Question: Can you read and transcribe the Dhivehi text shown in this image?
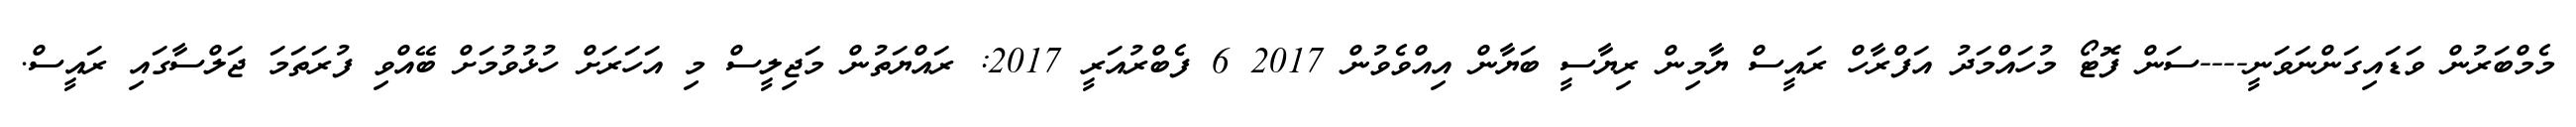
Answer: މެމްބަރުން ވަޑައިގަންނަވަނީ----ސަން ފޮޓޯ މުހައްމަދު އަފްރާހް ރައީސް ޔާމިން ރިޔާސީ ބަޔާން އިއްވެވުން 2017 6 ފެބްރުއަރީ 2017: ރައްޔަތުން މަޖިލީސް މި އަހަރަށް ހުޅުވުމަށް ބޭއްވި ފުރަތަމަ ޖަލްސާގައި ރައީސް.